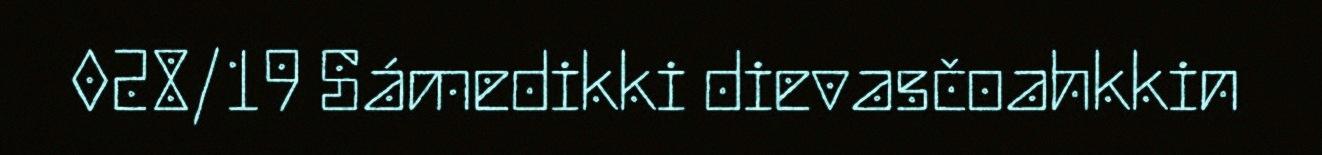
028/19 Sámedikki dievasčoahkkin